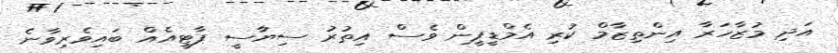
އަދި މުޒާހަރާ އިންތިޒާމް ކުރި އެމްޑީޕީން ވެސް އިތުރު ސިޔާސީ ޕާޓީއެއް ބައިވެރިވާނެ